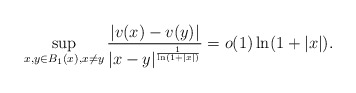
\begin{align*}\sup_{x,y\in B_1(x), x\not=y}\frac{|v(x)-v(y)|}{|x-y|^{\frac{1}{\ln(1+|x|)}}}=o(1)\ln(1+|x|).\end{align*}